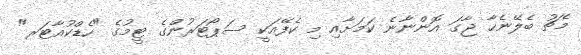
މެޗު ބެލޭނެހާ ޖާގަ އޮންނާނެ ކަމަށާއި މި ކެފޭއަކީ ސަޕޯޓަރުންގެ ޓީމުގެ "ހެޑްކުއާޓަރ"